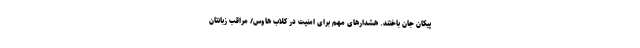
پیکان جان باختند. هشدارهای مهم برای امنیت در کلاب هاوس/ مراقب زبانتان